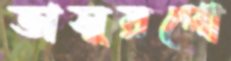
ভাসুরপো